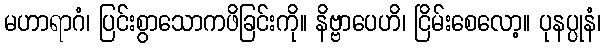
မဟာရာဂံ၊ ပြင်းစွာသောကဖိခြင်းကို။ နိဗ္ဗာပေဟိ၊ ငြိမ်းစေလော့။ ပုနပ္ပုနံ၊